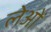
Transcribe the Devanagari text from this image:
लेओं